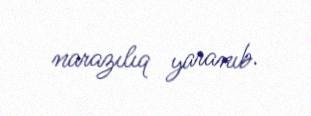
narazılıq yaranıb.